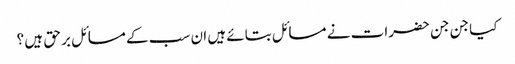
کیا جن جن حضرات نے مسائل بتائے ہیں ان سب کے مسائل بر حق ہیں ؟